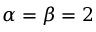
\alpha = \beta = 2